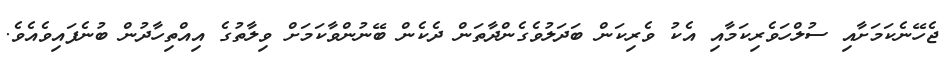
ޖެހޭނެކަމަށާއި ސުލްހަވެރިކަމާއި އެކު ވެރިކަން ބަދަލުވެގެންދާތަން ދެކެން ބޭނުންވާކަމަށް ވިލާތުގެ އިއްތިހާދުން ބުނެފައިވެއެވެ.